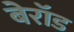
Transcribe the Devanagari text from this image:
बेरॉड